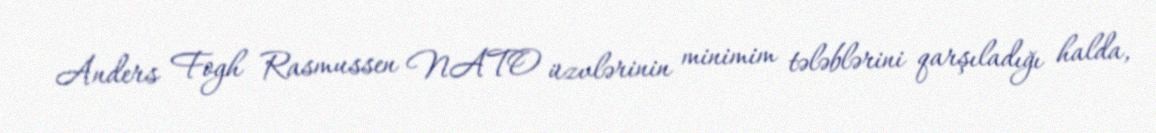
Anders Fogh Rasmussen NATO üzvlərinin minimim tələblərini qarşıladığı halda,